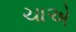
ચાએ